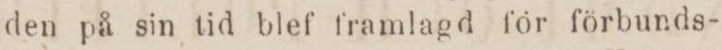
den på sin tid blef framlagd för förbunds-